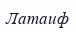
Латаиф